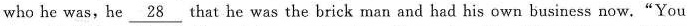
who he was, he \underline{28} that he was the brick man and had his own business now.“You